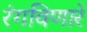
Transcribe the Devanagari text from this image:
रंगविणारे